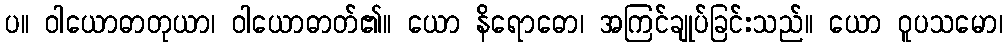
ပ။ ဝါယောဓာတုယာ၊ ဝါယောဓာတ်၏။ ယော နိရောဓော၊ အကြင်ချုပ်ခြင်းသည်။ ယော ဝူပသမော၊